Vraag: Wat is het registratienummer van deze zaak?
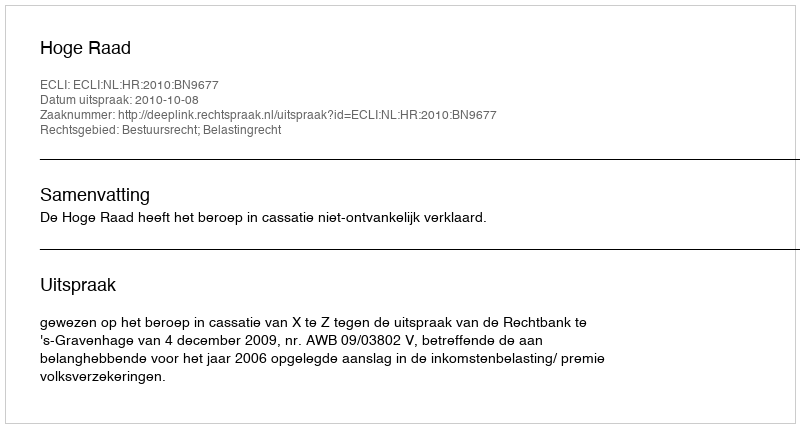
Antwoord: http://deeplink.rechtspraak.nl/uitspraak?id=ECLI:NL:HR:2010:BN9677